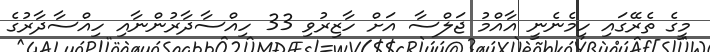
މީގެ ތެރޭގައި ހިމެނެނީ އާއްމު ޖަލްސާ އަށް ހާޒިރުވި 33 ހިއްސާދާރުންނާއި ހިއްސާދާރުގެ